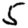
Digit: 5